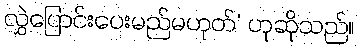
လွှဲပြောင်းပေးမည်မဟုတ်’ ဟုဆိုသည်။